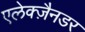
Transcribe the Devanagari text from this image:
एलेक्ज़ैनडर